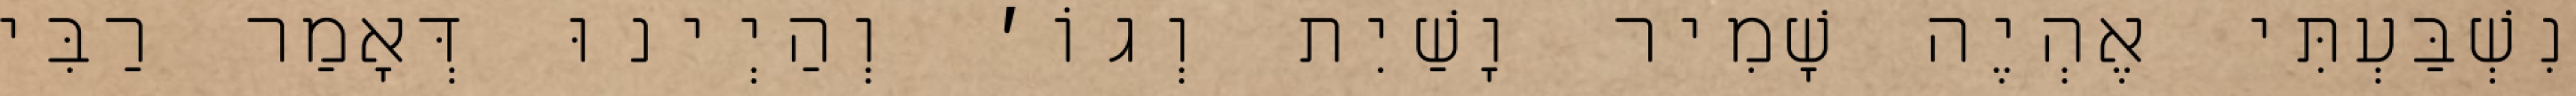
נִשְׁבַּעְתִּי אֶהְיֶה שָׁמִיר וָשַׁיִת וְגוֹ׳ וְהַיְינוּ דְּאָמַר רַבִּי